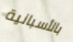
بالأسبانية